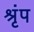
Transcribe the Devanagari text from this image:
श्रृंप